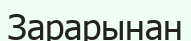
Зарарынан